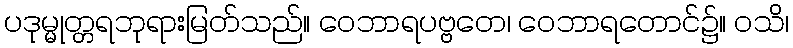
ပဒုမ္မုတ္တရဘုရားမြတ်သည်။ ဝေဘာရပဗ္ဗတေ၊ ဝေဘာရတောင်၌။ ဝသိ၊